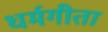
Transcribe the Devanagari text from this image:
धर्मगीता